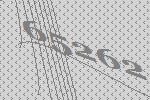
65262